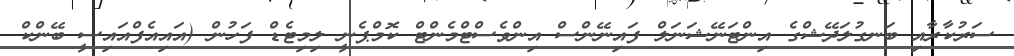
ސަރުކާރާއި ބަނގުލަދޭޝްގެ އިންޓަނޭޝަނަލް ފައިނޭންސް އިންވެސްޓްމެންޓް ކޮމްޕެނީ ލިމިޓެޑް ފަހުން (އައިއެފްއައިސީ ބޭންކް